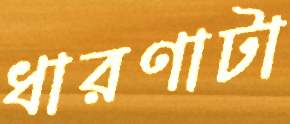
ধারণাটা